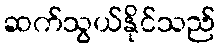
ဆက်သွယ်နိုင်သည်